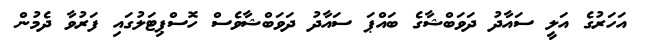
އަހަރުގެ އަލީ ސައާދު ދަވަބްޝާގެ ބައްޕަ ސައާދު ދަވަބްޝާވެސް ހޮސްޕިޓަލުގައި ފަރުވާ ދެމުން